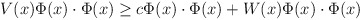
\begin{align*}V(x)\Phi(x) \cdot \Phi(x) \geq c\Phi(x)\cdot \Phi(x) + W(x)\Phi(x) \cdot \Phi(x)\end{align*}